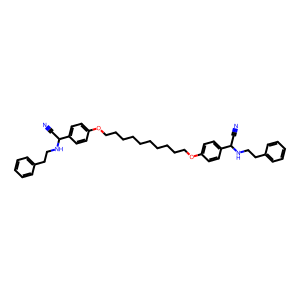
SMILES: N#CC(NCCc1ccccc1)c1ccc(OCCCCCCCCCCOc2ccc(C(C#N)NCCc3ccccc3)cc2)cc1
Inhibits HIV replication: No